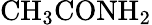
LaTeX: \textup{CH}_{3}\textup{CONH}_{2}